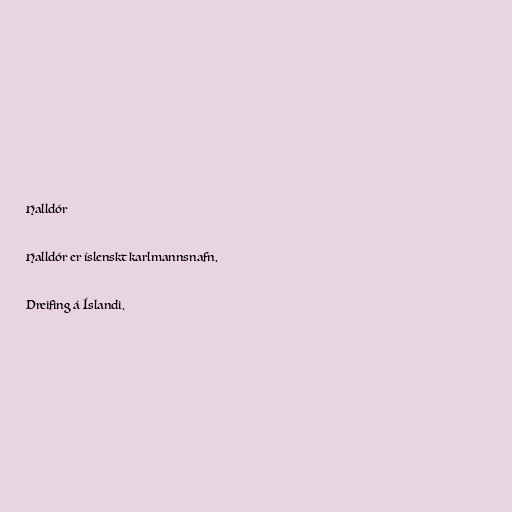
Halldór

Halldór er íslenskt karlmannsnafn.

Dreifing á Íslandi.